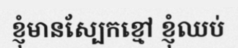
ខ្ញុំមានស្បែកខ្មៅ ខ្ញុំឈប់